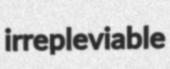
irrepleviable